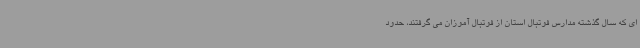
ای که سال گذشته مدارس فوتبال استان از فوتبال آموزان می گرفتند، حدود